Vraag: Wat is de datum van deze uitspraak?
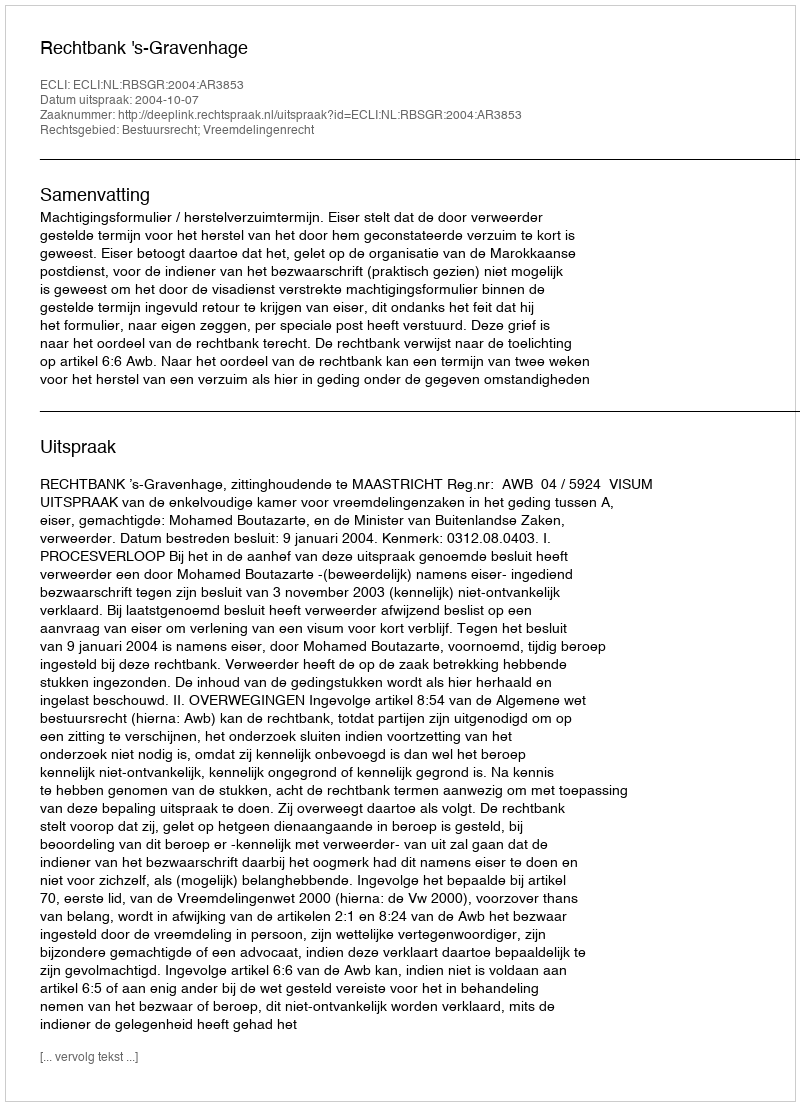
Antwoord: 2004-10-07